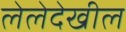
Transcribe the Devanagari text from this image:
लेलेदेखील